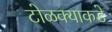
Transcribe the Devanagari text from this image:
टोळक्याकडे